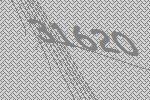
31620